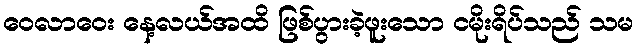
ဝေလာဝေး နေ့လယ်အထိ ဖြစ်ပွားခဲ့ဖူးသော ငမိုးရိပ်သည် သမ